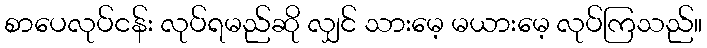
စာပေလုပ်ငန်း လုပ်ရမည်ဆို လျှင် သားမေ့ မယားမေ့ လုပ်ကြသည်။